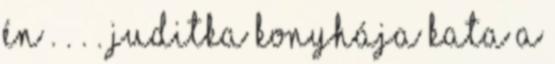
én . . . . Juditka konyhája Kata a